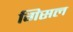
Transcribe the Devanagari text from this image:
गिसल